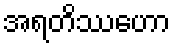
အရတိဿဟော